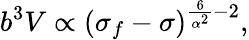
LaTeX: {b^{3}V\propto(\sigma_{f}-\sigma)^{\frac{6}{\alpha^{2}}-2},}